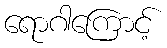
ရောဂါကြောင့်